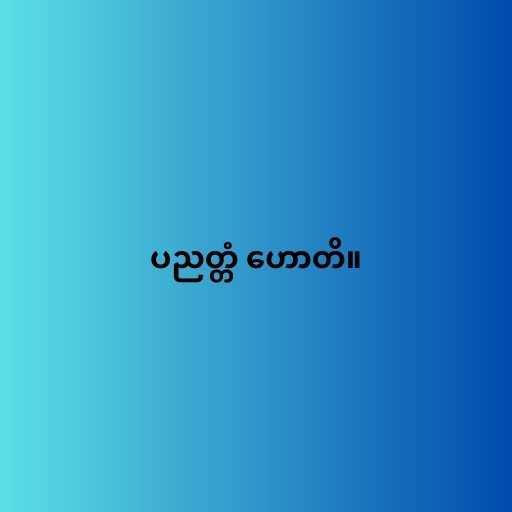
ပညတ္တံ ဟောတိ။